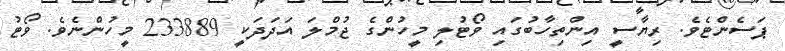
ޕަސެންޓެވެ. ރިޔާސީ އިންތިހާބުގައި ވޯޓުލި މީހުންގެ ޖުމްލަ އަދަދަކީ 233889 މީހުންނެވެ. ވޯޓު